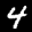
Label: 4